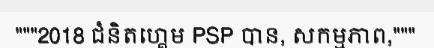
"""2018 ជំនិតហ្គេម PSP បាន, សកម្មភាព,"""